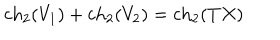
LaTeX: \mathrm { c h } _ { 2 } ( V _ { 1 } ) + \mathrm { c h } _ { 2 } ( V _ { 2 } ) = \mathrm { c h } _ { 2 } ( T X )